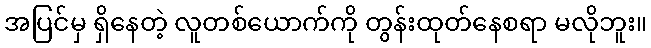
အပြင်မှ ရှိနေတဲ့ လူတစ်ယောက်ကို တွန်းထုတ်နေစရာ မလိုဘူး။